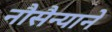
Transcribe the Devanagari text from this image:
नौसैन्याने